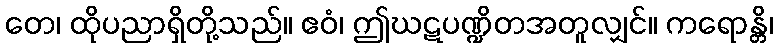
တေ၊ ထိုပညာရှိတို့သည်။ ဧဝံ၊ ဤဃဋပဏ္ဍိတအတူလျှင်။ ကရောန္တိ၊